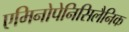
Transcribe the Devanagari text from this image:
एमिनोपेनिसिलैनिक